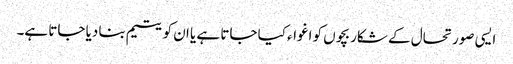
ایسی صورتحال کے شکار بچوں کو اغواء کیا جاتا ہے یا ان کو یتیم بنا دیا جاتا ہے۔